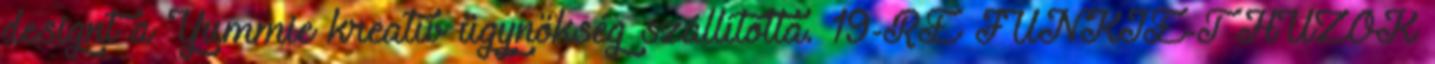
designt a Yummie kreatív ügynökség szállította. 19-RE JUNKIE-T HÚZOK